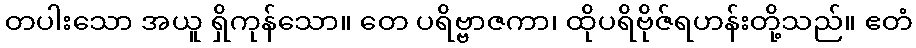
တပါးသော အယူ ရှိကုန်သော။ တေ ပရိဗ္ဗာဇကာ၊ ထိုပရိဗိုဇ်ရဟန်းတို့သည်။ ဧတံ